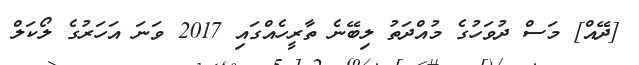
[ދޭއް] މަސް ދުވަހުގެ މުއްދަތު ލިބޭނެ ތާރީހެއްގައި 2017 ވަނަ އަހަރުގެ ލޯކަލް